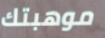
موهبتك